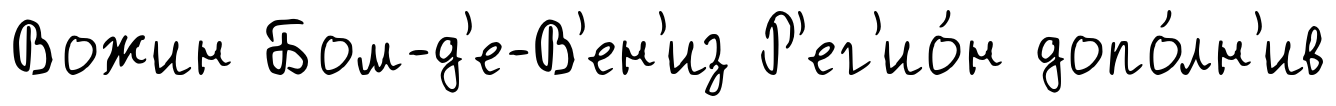
Вожин Бом-д'е-В'ен'из Р'ег'ио́н допо́лн'ив